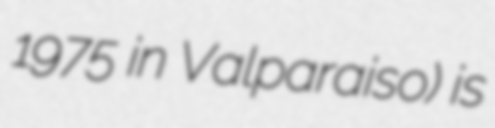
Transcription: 1975 in Valparaiso) is